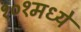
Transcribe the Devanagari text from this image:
१०१मध्ये